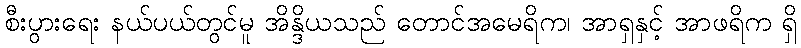
စီးပွားရေး နယ်ပယ်တွင်မူ အိန္ဒိယသည် တောင်အမေရိက၊ အာရှနှင့် အာဖရိက ရှိ